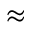
\approx